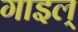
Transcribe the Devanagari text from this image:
गाइल्